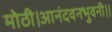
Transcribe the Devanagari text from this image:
मोठी।आनंदवनभुवनी।।